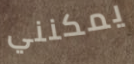
يمكنني